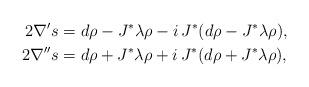
LaTeX: \begin{align*} 2\nabla' s &= d\rho - J^*\lambda\rho - i\,J^* (d\rho - J^*\lambda\rho), \\ 2\nabla''s &= d\rho + J^*\lambda\rho + i\,J^* (d\rho + J^*\lambda\rho), \end{align*}